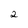
Character: 2